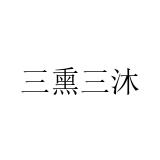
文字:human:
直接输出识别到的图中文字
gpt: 三熏三沐